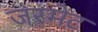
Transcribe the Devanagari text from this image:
जरमेट